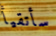
سأتقيأ